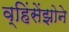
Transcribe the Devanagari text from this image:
व्हिंसेंझोने